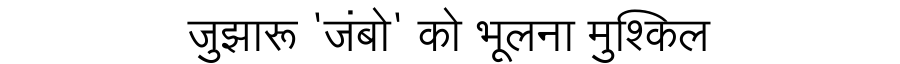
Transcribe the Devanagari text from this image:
जुझारू 'जंबो' को भूलना मुश्किल